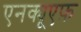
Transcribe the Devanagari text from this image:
एनक्यूएफ़